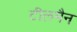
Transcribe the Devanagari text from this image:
टीलमैन